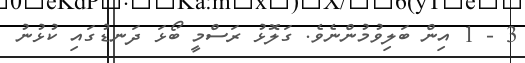
3 - 1 އިން ބަލިވުމުންނެވެ. ގަލޮޅު ރަސްމީ ބޯޅަ ދަނޑުގައި ކުޅުނު